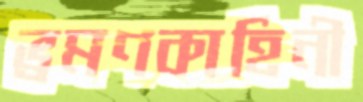
ভ্রমণকাহিনী